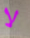
لا